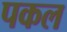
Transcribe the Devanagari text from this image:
पकल